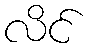
လိင်